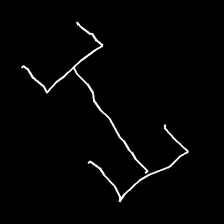
Glyph: entwine